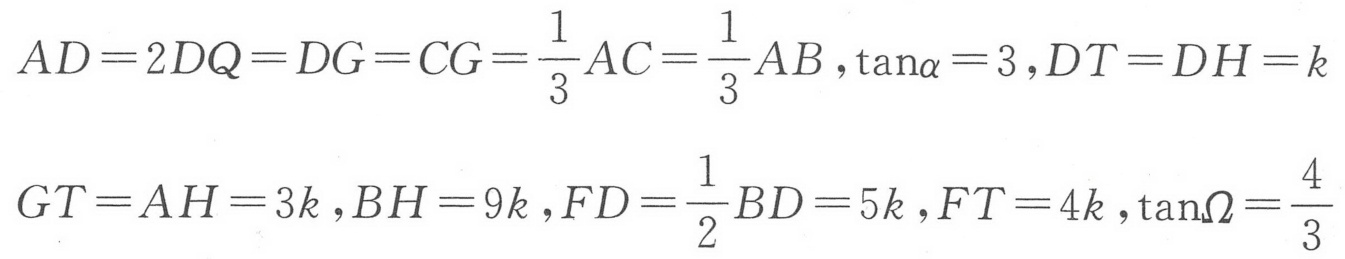
\(AD = 2DQ=DG = CG=\frac{1}{3}AC=\frac{1}{3}AB,\tan\alpha = 3,DT = DH = k\)
\(GT = AH = 3k,BH = 9k,FD=\frac{1}{2}BD = 5k,FT = 4k,\tan\Omega=\frac{4}{3}\)